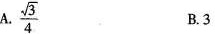
A.\frac{\sqrt{3}}{4} B.3